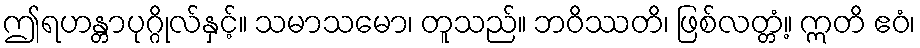
ဤရဟန္တာပုဂ္ဂိုလ်နှင့်။ သမာသမော၊ တူသည်။ ဘဝိဿတိ၊ ဖြစ်လတ္တံ့။ ဣတိ ဧဝံ၊